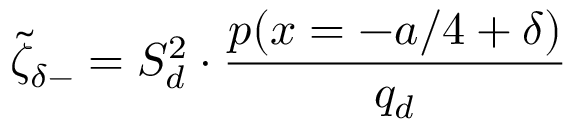
\tilde { \zeta } _ { \delta - } = S _ { d } ^ { 2 } \cdot \frac { p ( x = - a / 4 + \delta ) } { q _ { d } }